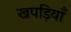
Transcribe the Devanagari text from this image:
खपड़ियाँ